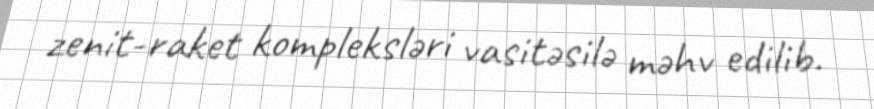
zenit-raket kompleksləri vasitəsilə məhv edilib.